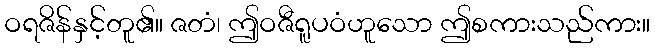
ဝရဇိန်နှင့်တူ၏။ ဇတံ၊ ဤဝဇီရူပဝံဟူသော ဤစကားသည်ကား။